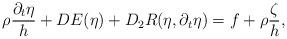
LaTeX: \begin{align*}\rho\frac{\partial_t \eta}{h} + DE(\eta) + D_2R(\eta, \partial_t \eta) = f + \rho\frac{\zeta}{h},\end{align*}